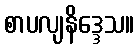
စာပလျနိဒ္ဒေသ။